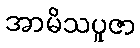
အာမိသပူဇာ